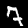
Digit: 7